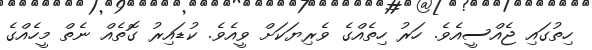
ހިތުގައި ޖެއްސީއެވެ. ހަރު ހިތެއްގެ ވެރިޔަަކަށް ވީއެެވެ. ކުޑައިރު ގޮތެއް ނެތް މީހެެއްގެ